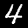
Digit: 4